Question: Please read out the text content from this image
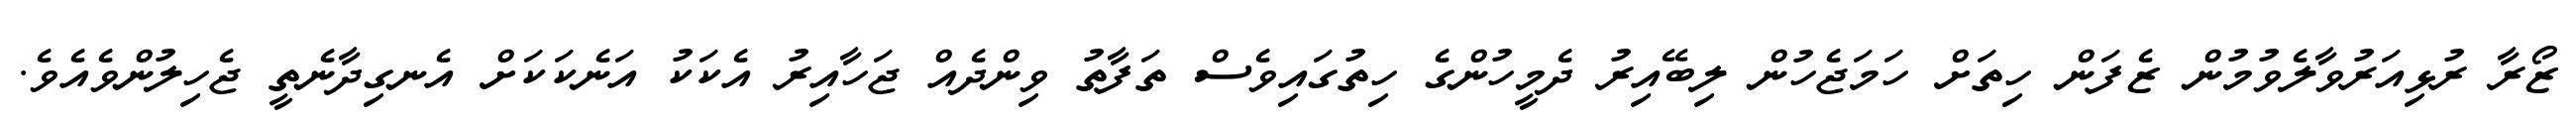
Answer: ޒޯރާ ރުޅިއަރުވާލެވުމުން ޒެފަން ހިތަށް ހަމަޖެހުން ލިބޭއިރު ދެމީހުންގެ ހިތުގައިވެސް ތަފާތު ވިންދެއް ޖަހާއިރު އެކަކު އަނެކަކަށް އެނގިދާނެތީ ޖެހިލުންވެއެވެ.